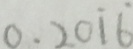
0 . 2 0 \dot { 1 } \dot { 6 }